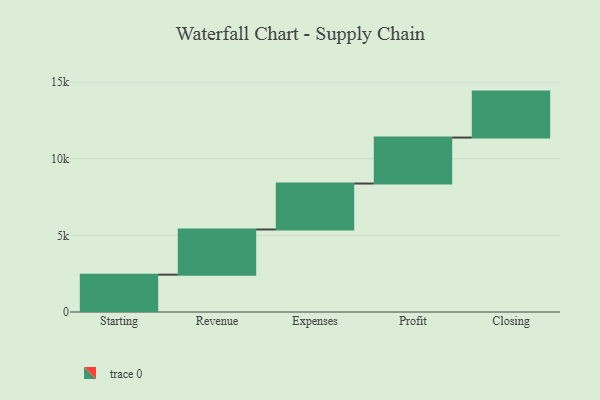
{"axis": {"x": "Step", "y": "Value"}, "legend": [""], "data": [{"x": "Starting", "y": 2438.0, "type": ""}, {"x": "Revenue", "y": 2947.0, "type": ""}, {"x": "Expenses", "y": 3000, "type": ""}, {"x": "Profit", "y": 3000, "type": ""}, {"x": "Closing", "y": 3000, "type": ""}]}